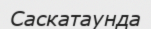
Саскатаунда